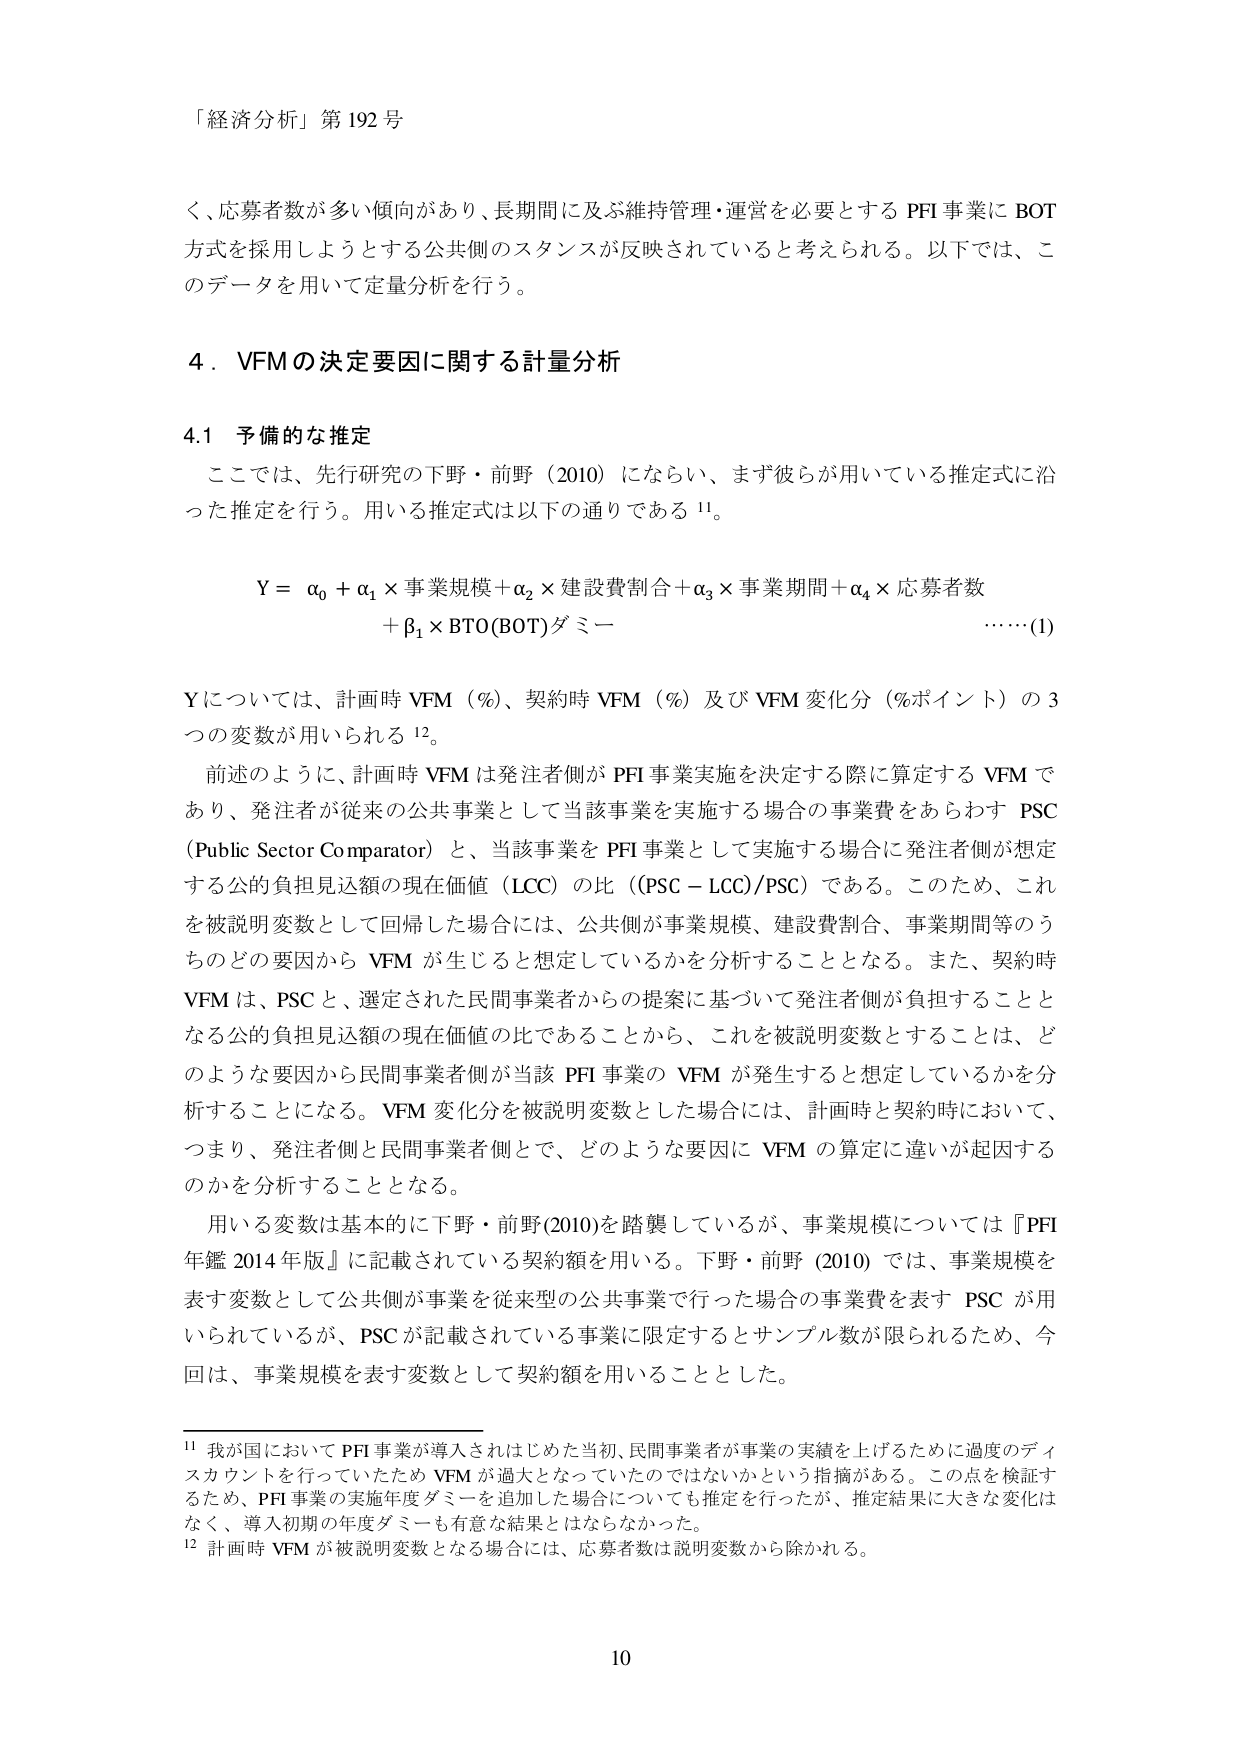
「経済分析」第192号

く、応募者数が多い傾向があり、長期間に及ぶ維持管理・運営を必要とするPFI事業にBOT方式を採用しようとする公共側のスタンスが反映されていると考えられる。以下では、このデータを用いて定量分析を行う。

4．VFMの決定要因に関する計量分析

4.1 予備的な推定

ここでは、先行研究の下野・前野（2010）にならい、まず彼らが用いている推定式に沿った推定を行う。用いる推定式は以下の通りである¹¹。

Y = α₀ + α₁ × 事業規模 + α₂ × 建設費割合 + α₃ × 事業期間 + α₄ × 応募者数
　　+ β₁ × BTO(BOT)ダミー　　　　　　　　　　　　　　　　　　　　　　　……(1)

Yについては、計画時VFM（％）、契約時VFM（％）及びVFM変化分（％ポイント）の3つの変数が用いられる¹²。

前述のように、計画時VFMは発注者側がPFI事業実施を決定する際に算定するVFMであり、発注者が従来の公共事業として当該事業を実施する場合の事業費をあらわすPSC（Public Sector Comparator）と、当該事業をPFI事業として実施する場合に発注者側が想定する公的負担見込額の現在価値（LCC）の比（PSC－LCC）/PSCである。このため、これを被説明変数として回帰した場合には、公共側が事業規模、建設費割合、事業期間等のうちのどの要因からVFMが生じると想定しているかを分析することとなる。また、契約時VFMは、PSCと、選定された民間事業者からの提案に基づいて発注者側が負担することとなる公的負担見込額の現在価値の比であることから、これを被説明変数とすることは、どのような要因から民間事業者側が当該PFI事業のVFMが発生すると想定しているかを分析することになる。VFM変化分を被説明変数とした場合には、計画時と契約時において、つまり、発注者側と民間事業者側とで、どのような要因にVFMの算定に違いが起因するのかを分析することとなる。

用いる変数は基本的に下野・前野（2010）を踏襲しているが、事業規模については『PFI年鑑2014年版』に記載されている契約額を用いる。下野・前野（2010）では、事業規模を表す変数として公共側が事業を従来型の公共事業で行った場合の事業費を表すPSCが用いられているが、PSCが記載されている事業に限定するとサンプル数が限られるため、今回は、事業規模を表す変数として契約額を用いることとした。

¹¹ 我が国においてPFI事業が導入されはじめた当初、民間事業者が事業の実績を上げるために過度のディスカウントを行っていたためVFMが過大となっていたのではないかという指摘がある。この点を検証するため、PFI事業の実施年度ダミーを追加した場合についても推定を行ったが、推定結果に大きな変化はなく、導入初期の年度ダミーも有意な結果とはならなかった。

¹² 計画時VFMが被説明変数となる場合には、応募者数は説明変数から除かれる。

10